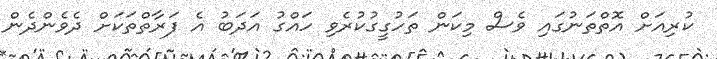
ކުރިއަށް އޮތްތަނުގައި ވެސް މިކަން ތަހުގީގުކުރެވި ހައްގު އަދަބު އެ ފަރާތްތަކަށް ދެވެންދެން